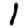
Digit: 1